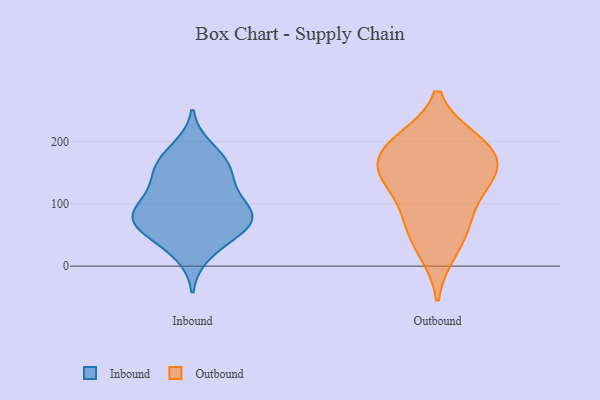
{"axis": {"x": "Shipments", "y": "Value"}, "legend": ["Inbound", "Outbound"], "data": [{"x": "", "y": 126, "type": "Inbound"}, {"x": "", "y": 73, "type": "Inbound"}, {"x": "", "y": 189, "type": "Inbound"}, {"x": "", "y": 52, "type": "Inbound"}, {"x": "", "y": 19, "type": "Inbound"}, {"x": "", "y": 77, "type": "Inbound"}, {"x": "", "y": 70, "type": "Inbound"}, {"x": "", "y": 92, "type": "Inbound"}, {"x": "", "y": 127, "type": "Inbound"}, {"x": "", "y": 164, "type": "Inbound"}, {"x": "", "y": 154, "type": "Inbound"}, {"x": "", "y": 165, "type": "Inbound"}, {"x": "", "y": 89, "type": "Inbound"}, {"x": "", "y": 51, "type": "Inbound"}, {"x": "", "y": 84, "type": "Inbound"}, {"x": "", "y": 66, "type": "Outbound"}, {"x": "", "y": 25, "type": "Outbound"}, {"x": "", "y": 149, "type": "Outbound"}, {"x": "", "y": 197, "type": "Outbound"}, {"x": "", "y": 76, "type": "Outbound"}, {"x": "", "y": 188, "type": "Outbound"}, {"x": "", "y": 200, "type": "Outbound"}, {"x": "", "y": 164, "type": "Outbound"}, {"x": "", "y": 137, "type": "Outbound"}, {"x": "", "y": 135, "type": "Outbound"}]}